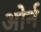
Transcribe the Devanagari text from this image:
ओर्न